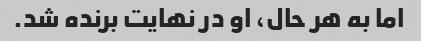
اما به هر حال، او در نهایت برنده شد.